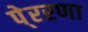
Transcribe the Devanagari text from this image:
पे्ररणा